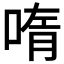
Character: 𫪳